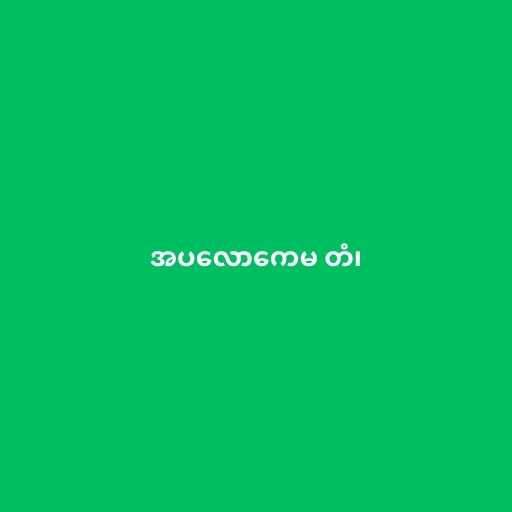
အပလောကေမ တံ၊